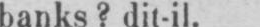
banks? dit-il.